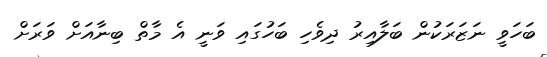
ބަހަވީ ނަޒަރަކުން ބަލާއިރު ދިވެހި ބަހުގައި ވަނީ އެ މާތް ބިނާއަށް ވަރަށް